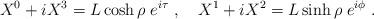
LaTeX: \begin{align*}X^0 + iX^3 = L \cosh \rho\; e^{i\tau}\ ,\quad X^1 + iX^2 = L \sinh \rho\; e^{i\phi}\ .\end{align*}